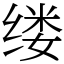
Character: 缕